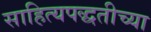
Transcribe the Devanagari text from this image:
साहित्यपद्धतीच्या